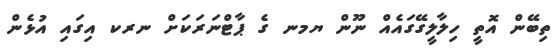
ތިބޭން އޮތީ ހިލާލީގޭގައެއް ނޫން ޔމނ ގެ ޕާޓްނަރަކަށް ނރކ އިގައި އުޅެން